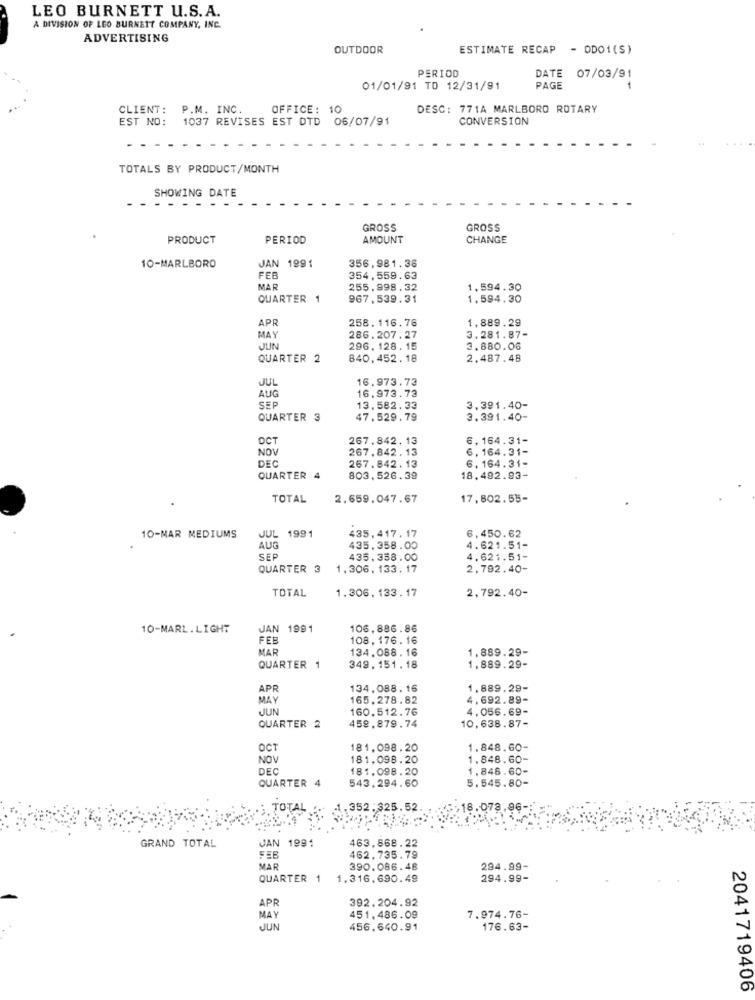
LEO BURNETT U.S.A.
A DIVISION OF LEO BURNETT COMPANY, INC.
ADVERTISING
OUTDOOR
ESTIMATE RECAP - ODO1(S)
PERIOD
DATE 07/03/91
01/01/91 TO 12/31/91
PAGE
CLIENT: P.M. INC.
OFFICE: 10
DESC: 771A MARLBORO ROTARY
EST NO:
1037 REVISES EST DTD 06/07/91
CONVERSION
TOTALS BY PRODUCT/MONTH
SHOWING DATE
GROSS
GROSS
PRODUCT
PERIOD
AMOUNT
CHANGE
356,981.36
10-MARLBORO
JAN 1991
FEB
354,559.63
MAR
255.998.32
1,594.30
QUARTER 1
967.539.31
1,594.30
APR
258. 116.76
1,889.29
MAY
286.207.27
3.281.87-
JUN
296, 128. 15
3.880.06
QUARTER 2
840,452.18
2.487.48
JUL
16.973.73
AUG
16,973.73
SEP
13.582.33
3,391.40-
QUARTER 3
47.529.79
3.391.40-
OCT
267.842. 13
6,164.31-
NOV
267.842.13
6,164.31-
DEC
267.842. 13
6,164.31-
QUARTER 4
803.526.39
18,492.93-
TOTAL
2.659.047.67
17,802.55-
10-MAR MEDIUMS
JUL 1991
435,417.17
6.450.62
AUG
435.358.00
4.621.51-
SEP
435.358.00
4.621.51-
QUARTER 3
1,306, 133.17
2,792.40-
TOTAL
1.306, 133.17
2,792.40-
10-MARL.LIGHT
JAN 1991
106,886.86
.
FEB
108. 176. 16
MAR
134.088.16
1,889.29-
QUARTER 1
349.151.18
1,889.29-
APR
134,088.16
1.889.29-
MAY
165.278.82
4.692.89-
JUN
160.512.76
4.056.69-
10,638.87-
QUARTER 2
459.879.74
OCT
181,098.20
1.848.60-
NOV
181,098. 20
1.848.60-
DEC
181.098.20
1,848.60-
QUARTER 4
543,294.60
5.545.80-
TOTAL
352.325.52
18.078
.96-
1991
GRAND TOTAL
JAN
463,868.22
FEB
462.735.79
MAR
390.086.48
294.99-
QUARTER 1
1,316.690.49
294.99-
392.204.92
APR
MAY
451.486.09
7.974.76-
JUN
456.640.91
176.63-
2041719406